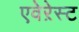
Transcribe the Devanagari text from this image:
एवेऱेस्ट